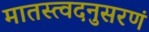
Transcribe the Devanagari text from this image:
मातस्त्वदनुसरणं